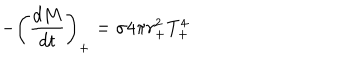
- \left( \frac { d M } { d t } \right) _ { + } = \sigma 4 \pi r _ { + } ^ { 2 } T _ { + } ^ { 4 }